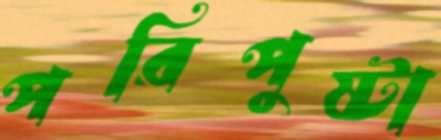
পরিপুষ্টা